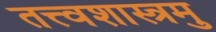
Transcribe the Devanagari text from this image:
तत्त्वशास्त्रमु